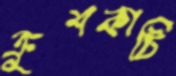
ক্রুশকাটি